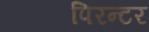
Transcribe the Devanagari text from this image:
पिरन्टर